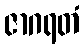
ဇာဂရတံ